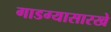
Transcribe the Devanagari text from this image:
गाडग्यासारखे